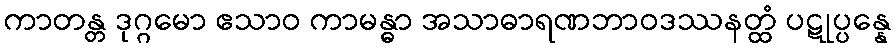
ကာတန္တ ဒုဂ္ဂမော ဧသာဝ ကာမန္ဓာ အသာဓာရဏဘာဝဒဿနတ္ထံ ပဋုပ္ပန္နေ